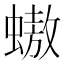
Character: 𧑃